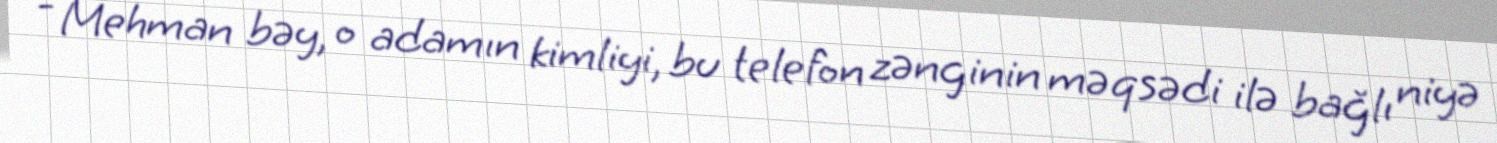
- Mehman bəy, o adamın kimliyi, bu telefon zənginin məqsədi ilə bağlı niyə